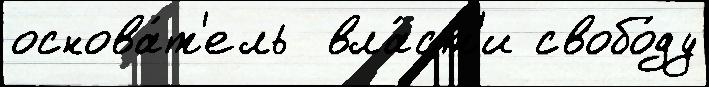
основа́т'ель  вла́ст'и свобо́ду